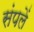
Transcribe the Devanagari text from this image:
संपलें